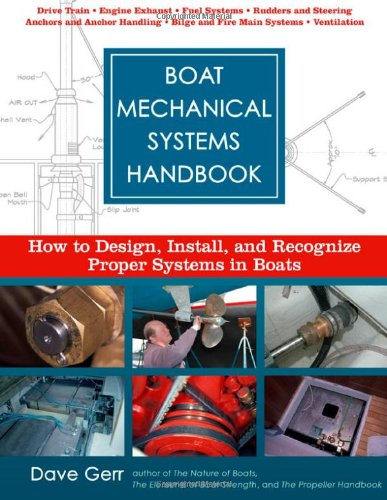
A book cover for Boat Mechanical Systems Handbook: How to Design, Install, and Recognize Proper Systems in Boats; Dave Gerr; Engineering & Transportation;